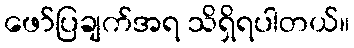
ဖော်ပြချက်အရ သိရှိရပါတယ်။